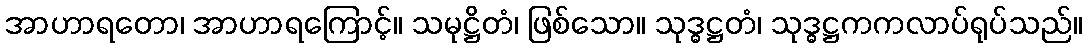
အာဟာရတော၊ အာဟာရကြောင့်။ သမုဋ္ဌိတံ၊ ဖြစ်သော။ သုဒ္ဓဋ္ဌတံ၊ သုဒ္ဓဋ္ဌကကလာပ်ရုပ်သည်။